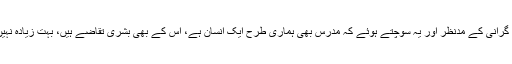
(۱) لائق اور باصلاحیت مدرسین کا انتخاب کریں، گرانی کے مدنظر اور یہ سوچتے ہوئے کہ مدرس بھی ہماری طرح ایک انسان ہے، اس کے بھی بشری تقاضے ہیں، بہت زیادہ نہیں تو اچھی مناسب تنخواہ اس کے لیے تجویز کریں۔